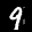
Label: 9